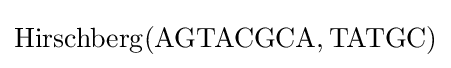
\operatorname {Hirschberg} ({\text{AGTACGCA}},{\text{TATGC}})